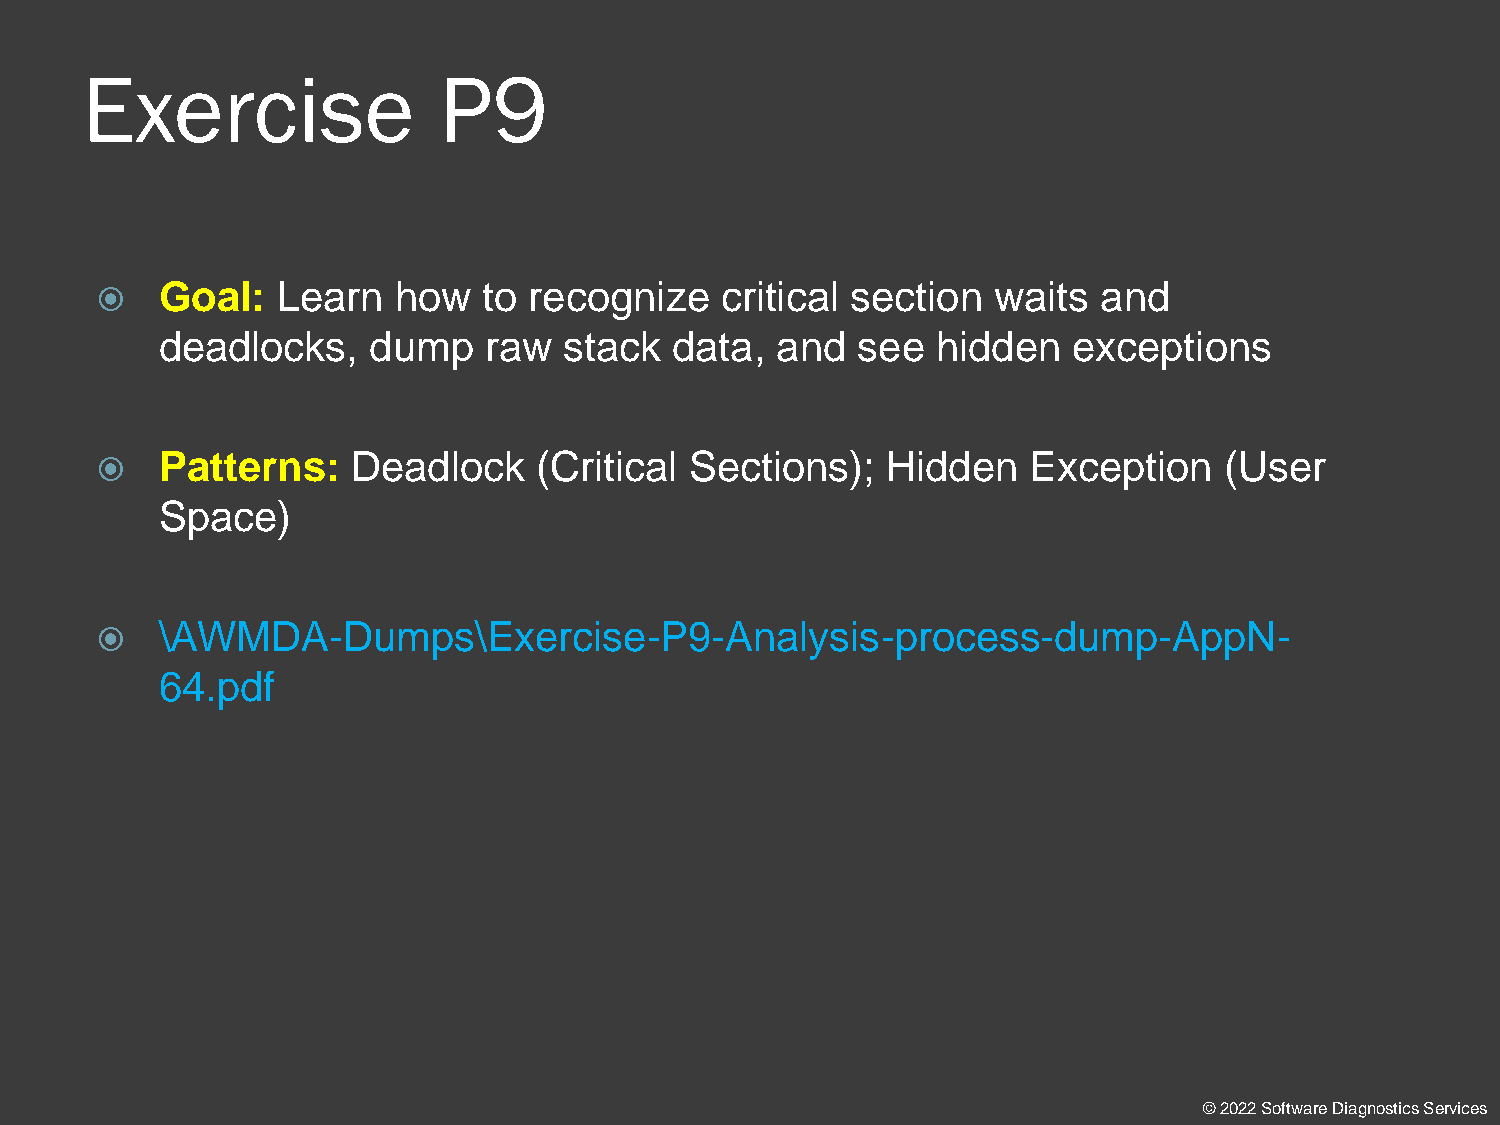
Exercise                P9
 Goal:  Learn   how   to recognize    critical section  waits  and
 
 deadlocks,   dump    raw  stack  data,  and   see  hidden   exceptions
 Patterns:   Deadlock    (Critical  Sections);   Hidden   Exception    (User
 
 Space)
 \AWMDA-Dumps\Exercise-P9-Analysis-process-dump-AppN-
 
 64.pdf
 © 2022 Software Diagnostics Services